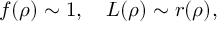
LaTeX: f ( \rho ) \sim 1 , \quad L ( \rho ) \sim r ( \rho ) ,